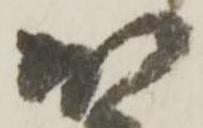
か